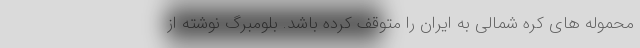
محموله های کره شمالی به ایران را متوقف کرده باشد. بلومبرگ نوشته از